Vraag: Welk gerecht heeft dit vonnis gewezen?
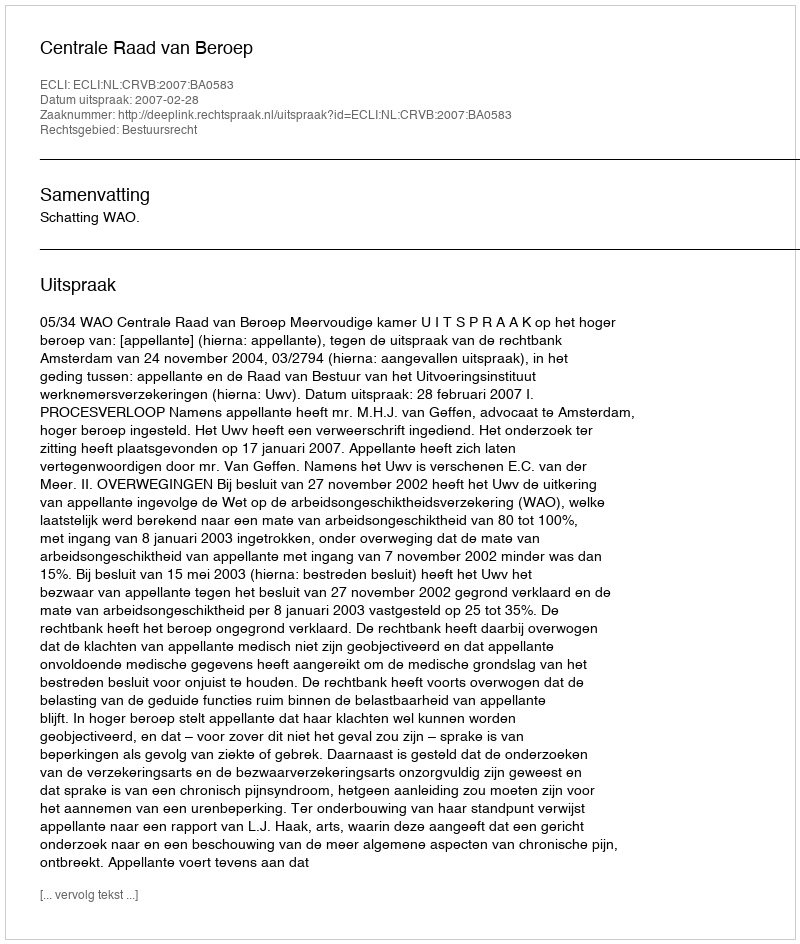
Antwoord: Centrale Raad van Beroep